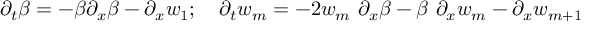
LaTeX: \partial _ { t } \beta = - \beta \partial _ { x } \beta - \partial _ { x } w _ { 1 } ; ~ ~ ~ \partial _ { t } w _ { m } = - 2 w _ { m } ~ \partial _ { x } \beta - \beta ~ \partial _ { x } w _ { m } - \partial _ { x } w _ { m + 1 }